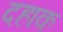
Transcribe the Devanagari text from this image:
दहाक